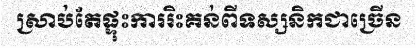
ស្រាប់តែផ្ទុះការរិះគន់ពីទស្សនិកជាច្រើន